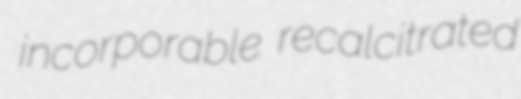
incorporable recalcitrated